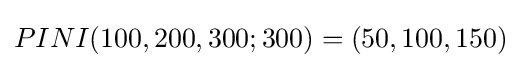
PINI(100,200,300;300)=(50,100,150)